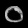
Digit: ၀